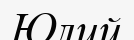
Юлий